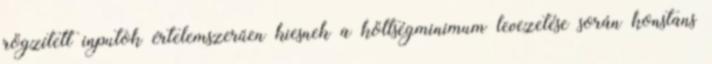
rögzített inputok értelemszerűen kiesnek a költségminimum levezetése során konstans